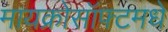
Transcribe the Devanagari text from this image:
मायक्रोसॉफ्टमधे